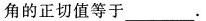
角的正切值等于